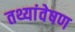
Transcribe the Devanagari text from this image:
तथ्यांवेषण